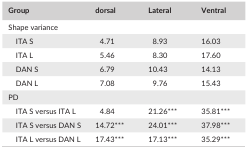
<table><thead><tr><td><b>Group</b></td><td><b>dorsal</b></td><td><b>Lateral</b></td><td><b>Ventral</b></td></tr></thead><tbody><tr><td colspan="4">Shape variance</td></tr><tr><td>ITA S</td><td>4.71</td><td>8.93</td><td>16.03</td></tr><tr><td>ITA L</td><td>5.46</td><td>8.30</td><td>17.60</td></tr><tr><td>DAN S</td><td>6.79</td><td>10.43</td><td>14.13</td></tr><tr><td>DAN L</td><td>7.08</td><td>9.76</td><td>15.43</td></tr><tr><td>PD</td><td></td><td></td><td></td></tr><tr><td>ITA S versus ITA L</td><td>4.84</td><td>21.26a</td><td>35.81a</td></tr><tr><td>ITA S versus DAN S</td><td>14.72a</td><td>24.01a</td><td>37.98a</td></tr><tr><td>ITA L versus DAN L</td><td>17.43a</td><td>17.13a</td><td>35.29a</td></tr></tbody></table>